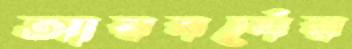
আয়বর্ষের